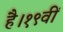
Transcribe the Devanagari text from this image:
है।१९वीं